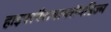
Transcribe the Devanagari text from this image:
हाइपरपैराथायरॉयडिज्म